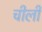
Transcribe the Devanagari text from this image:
चीली